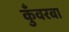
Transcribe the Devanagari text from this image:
कुँवरबा